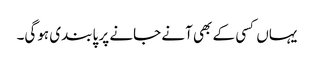
یہاں کسی کے بھی آنے جانے پر پابندی ہوگی۔